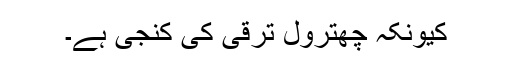
کیونکہ چھترول ترقی کی کنجی ہے۔